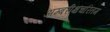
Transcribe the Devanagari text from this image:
अम्बरीक्षचरितम